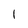
Character: l